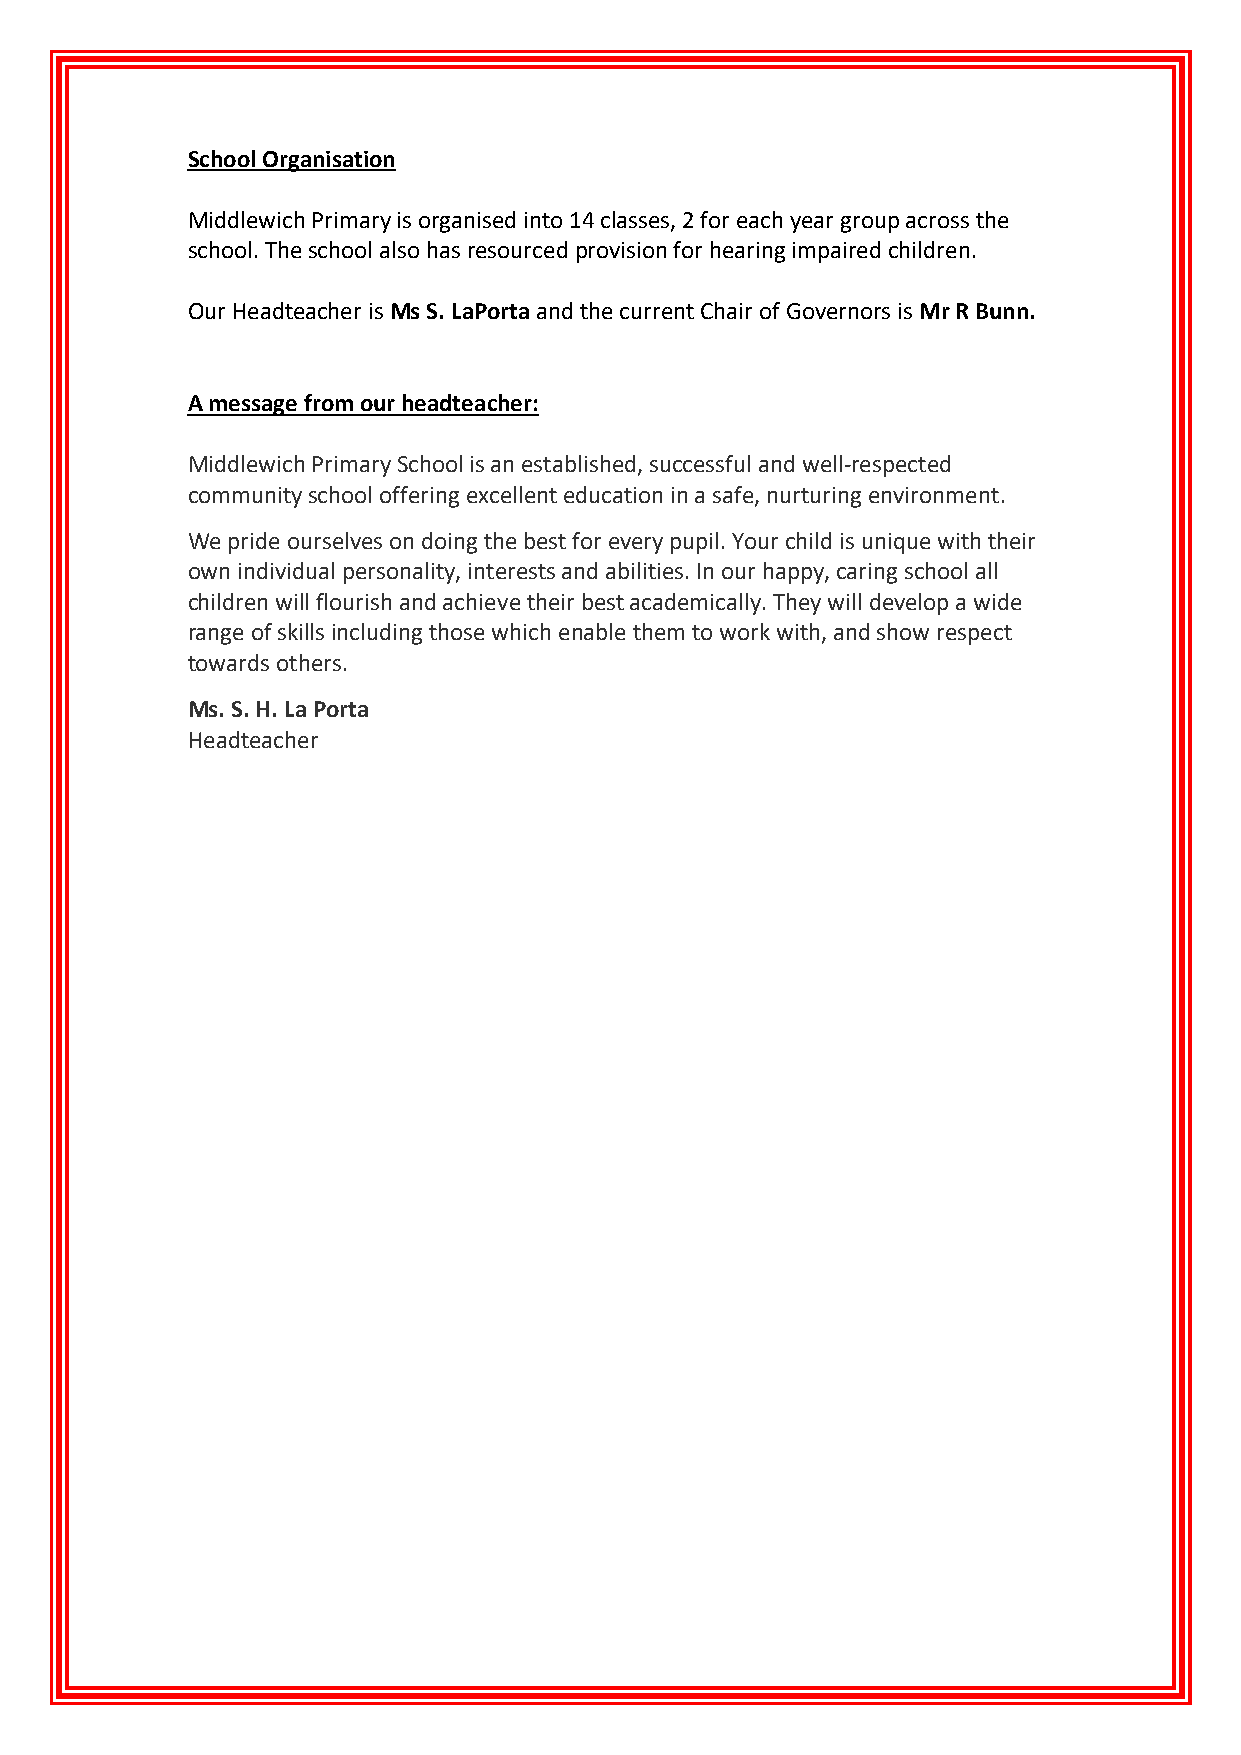
School Organisation
 Middlewich Primary is organised into 14 classes, 2 for each year group across the
 school. The school also has resourced provision for hearing impaired children.
 Our Headteacher is Ms S. LaPorta and the current Chair of Governors is Mr R Bunn.
 A message from our headteacher:
 Middlewich Primary School is an established, successful and well-respected
 community school offering excellent education in a safe, nurturing environment.
 We pride ourselves on doing the best for every pupil. Your child is unique with their
 own individual personality, interests and abilities. In our happy, caring school all
 children will flourish and achieve their best academically. They will develop a wide
 range of skills including those which enable them to work with, and show respect
 towards others.
 Ms. S. H. La Porta
 Headteacher